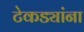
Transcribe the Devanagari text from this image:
टेकड्यांना